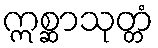
ဣစ္ဆာသုတ္တံ